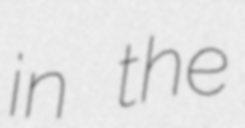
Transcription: in the